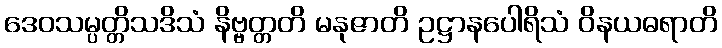
ဒေဝသမ္ပတ္တိသဒိသံ နိဗ္ဗတ္တတိ မနုဇာတိ ဥဋ္ဌာနပေါရိသံ ဝိနယဓရာတိ